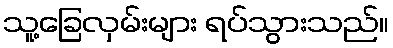
သူ့ခြေလှမ်းများ ရပ်သွားသည်။